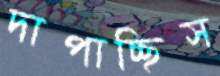
দাপাচ্ছিস